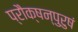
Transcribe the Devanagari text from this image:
प्रौक्षन्पुरुषं